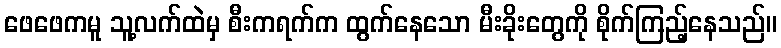
ဖေဖေကမူ သူ့လက်ထဲမှ စီးကရက်က ထွက်နေသော မီးခိုးတွေကို စိုက်ကြည့်နေသည်။